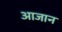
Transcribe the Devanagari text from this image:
आजान